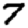
Digit: 7